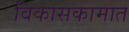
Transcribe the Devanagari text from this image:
विकासकामात